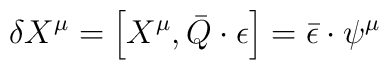
\delta X^{\mu} = \left [ X^\mu , \bar{Q} \cdot \epsilon \right ]= \bar{\epsilon} \cdot \psi^{\mu}